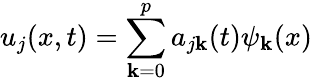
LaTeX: u_{j}(x,t)=\sum_{\mathbf{k}=0}^{p}a_{j\mathbf{k}}(t)\psi_{\mathbf{k}}(x)